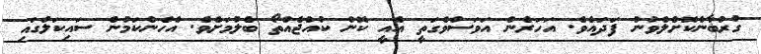
ގުރުބާންކޮށްލެވުނު ފަދައެވެ. އަހަރެން އަވަސްވެގަތީ އެއީ ކޮން ކުއްޖެއްތޯ ބެލުމަށެވެ. އެހެންކަމުން ސައިކަލުގައި